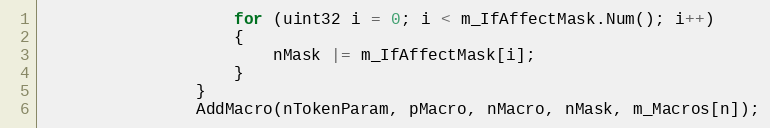
Language: C++
					for (uint32 i = 0; i < m_IfAffectMask.Num(); i++)
					{
						nMask |= m_IfAffectMask[i];
					}
				}
				AddMacro(nTokenParam, pMacro, nMacro, nMask, m_Macros[n]);